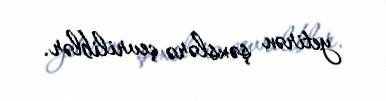
yetirən şəxslərə çevriliblər.